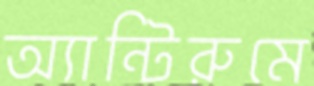
অ্যান্টিরুমে